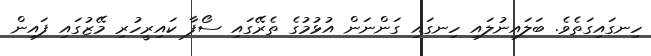
ހިނގައިގަތެވެ. ބަލައިނުލައި ހިނގައި ގަންނަން އުޅުމުގެ ތެރޭގައި ސޯފާ ކައިރީހުރި މޭޒުގައި ފައިން